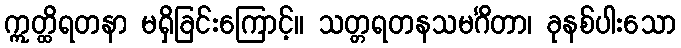
ဣတ္ထိရတနာ မရှိခြင်းကြောင့်။ သတ္တရတနသမင်္ဂိတာ၊ ခုနစ်ပါးသော